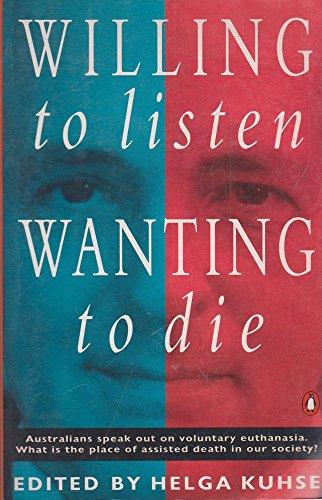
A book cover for Willing to Listen, Wanting to Die; Helga Kuhse; Law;